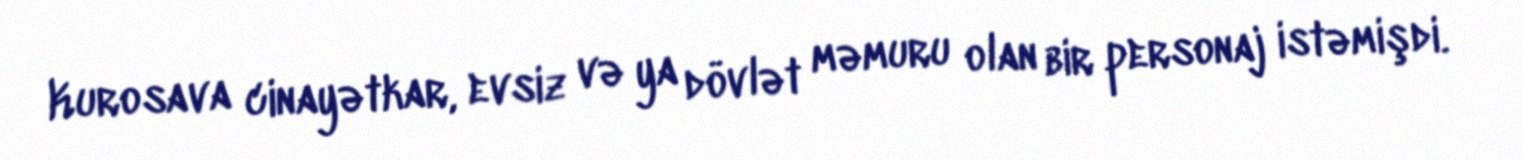
Kurosava cinayətkar, evsiz və ya dövlət məmuru olan bir personaj istəmişdi.